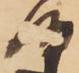
候